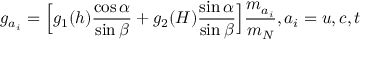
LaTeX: g _ { a _ { i } } = \Bigl [ g _ { 1 } ( h ) \frac { \cos \alpha } { \sin \beta } + g _ { 2 } ( H ) \frac { \sin \alpha } { \sin \beta } \Bigr ] \frac { m _ { a _ { i } } } { m _ { N } } , a _ { i } = u , c , t